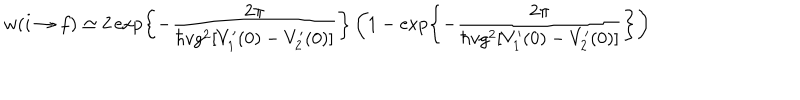
w ( i \rightarrow f ) \simeq 2 \exp \left\{ - { \frac { 2 \pi } { \hbar v g ^ { 2 } [ V _ { 1 } ^ { \prime } ( 0 ) - V _ { 2 } ^ { \prime } ( 0 ) ] } } \right\} \left( 1 - \exp \left\{ - { \frac { 2 \pi } { \hbar v g ^ { 2 } [ V _ { 1 } ^ { \prime } ( 0 ) - V _ { 2 } ^ { \prime } ( 0 ) ] } } \right\} \right)